Vaccine operations Central Provinces & Berar 1912-1920 - 1912-1920
Year: 1912
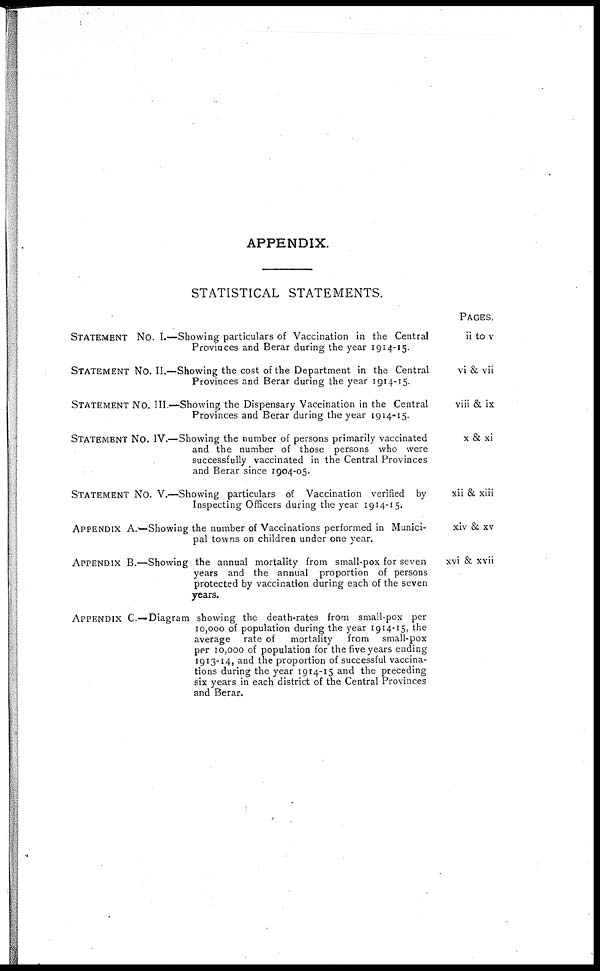
APPENDIX.
STATISTICAL STATEMENTS.
STATEMENT NO. I.—Showing particulars of Vaccination in the Central
Provinces and Berar during the year 1914-15.
STATEMENT NO. II.—Showing the cost of the Department in the Central
Provinces and Berar during the year 1914-15.
STATEMENT NO. III.—Showing the Dispensary Vaccination in the Central
Provinces and Berar during the year 1914-15.
STATEMENT NO. IV.—Showing the number of persons primarily vaccinated
and the number of those persons who were
successfully vaccinated in the Central Provinces
and Berar since 1904-05.
STATEMENT NO. V.—Showing particulars of Vaccination verified by
Inspecting Officers during the year 1914-15.
APPENDIX A.-—Showing the number of Vaccinations performed in Munici-
pal towns on children under one year.
APPENDIX B.—Showing the annual mortality from small-pox for seven
years and the annual proportion of persons
protected by vaccination during each of the seven
years.
APPENDIX C.—Diagram showing the death-rates from small-pox per
10,000 of population during the year 1914-15, the
average rate of
mortality
from small-pox
per 10,000 of population for the five years ending
1913-14, and the proportion of successful vaccina-
tions during the year 1914-15 and the preceding
six years in each district of the Central Provinces
and Berar.
PAGES.
ii to v
vi & vii
viii & ix
x & xi
xii & xiii
xiv & xv
xvi & xvii